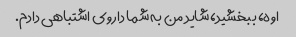
اوه، ببخشید، شاید من به شما داروی اشتباهی دادم.